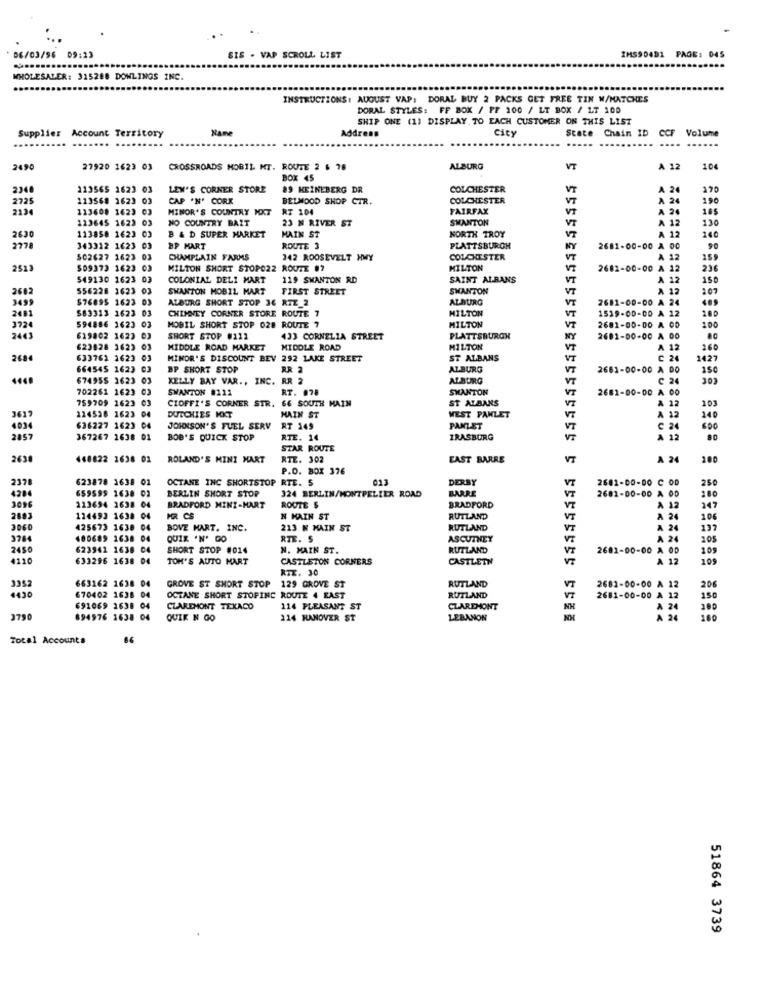
IMS9D4D1 PAGE: 045
06/03/96 09:23
SIS . VAP SCROLL LIST
WHOLESALER: 315288 DOWLINGS INC.
INSTRUCTIONS: AUGUST VAP: DORAL BUY 2 PACKS GET FREE TIN W/MATCHES
DORAL STYLES: FF BOX / PF 100 / LT BOX / LT 100
SHIP ONE (1) DISPLAY. TO EACH CUSTOMER ON THIS LIST
Supplier Account Territory
Name
Address
city
State Chain ID CCF
Volume
2490
27920 1623 03
CROSSROADS MOBIL MT. ROUTE 2 6 78
ALBURG
VT
A 12
104
BOX 45
2248
113565 1623 03
LEN'S CORNER STORE
89 KEINEBERG DR
COLCHESTER
VT
A 2
170
2725
123568 1623 03
CAP 'N' CORK
BELMOOD SHOP CTR.
COLCHESTER
VT
A 24
190
2134
123608 1623 03
MINOR'S COUNTRY MKT
RT 104
FAIRFAX
A 24
123645 1623 03
NO COUNTRY BAIT
23 N RIVER ST
SWANTON
VT
A 12
130
113858 1623 03
MAIN ST
VT
140
2630
B & D SUPER MARKET
KORTH TROY
A 12
2778
343312 1623
BP MART
ROUTE 3
PLATTSBURGH
NY
2681-00-00 & 00
502627 1623 03
CHAMPLAIN FARMS
142 ROOSEVELT HWY
COLCHESTER
VT
A 12
159
2513
$09373 1623
03
MILTON SHORT STOPO22 ROUTE #7
MILTON
2682-00-00 A 12
236
549130 1623
COLONIAL DELI MART
119 SKANTON RD
SAINT ALBANS
VT
150
2682
556228 1623 03
SWANTON MOBIL MART
FIRST STREET
SWANTON
VT
A 12
207
3499
576895 1623 03
ALBORG SHORT STOP 36 RTZ_2
ALBURG
VT
2681-00-00 A 24
489
2481
$83313 1623 03
CHIMNEY CORNER STORE ROUTE 7
HILTON
VT
594886 1623
MILTON
1519-00-00 A 12
100
3724
MOBIL SHORT STOP 028 ROUTE 7
VT
2681-00-00 A OD
100
2443
629802 1623
SHORT STOP #212
433 CORNELIA STREET
PLATTSBURGH
NY
2681-00-00 A 00
IC
(23028 1623
MIDDLE ROAD MARKET
MIDDLE ROAD
MILTON
A 12
260
268
633762 2623 03
MINOR'S DISCOUNT BEV 292 LAKE STREET
ST ALBANS
VT
1427
664545 1623 03
BP SHORT STOP
ALBURG
VT
2681-00-00 A 00
150
4448
674955 1623 03
KELLY BAY VAR ., INC. AR 2
ALBURG
VT
702261 1623 03
SWANTON #111
RT. 078
SWANTON
VT
2681-00-00 A 00
759709 1623
CIOFFI'S CORNER STR. 66 SOUTH MAIN
ST ALBANS
A 12
114538 1623 04
VI
A 12
103
361
DUTCHIES MKT
MAIN ST
WEST PANLET
VE
240
4034
636227 1623 04
JOHNSON'S FUEL SERV
RT 149
PANLET
VT
C 24
857
367267 1638 01
BOB'S QUICK STOP
RTE. 14
IRASBURG
A 12
STAR ROUTE
2630
448822 1638 01
ROLAND'S MINI MART
RTE. 302
EAST BARRE
VT
A 24
200
P.O. BOX 376
237
623878 1638 01
OCTANE INC SHORTSTOP RTE. S
01
DERBY
2681-00-00 C 00
250
4206
659595 1638 02
BERLIN SHORT STOP
324 BERLIN/MONTPELIER ROAD
BARRE
VT
2682-00-00 A 00
3096
113694 2638 04
ROUTE $
VT
180
BRADFORD MINI-HART
BRADFORD
VT
A 12
147
2883
114493 1638 04
N MAIN ST
RUTLAND
VT
A 24
106
3060
425673 1638 04
BOVE MART. INC.
213 H MAIN ST
RUTLAND
VT
A 24
137
3784
400689 1638 04
QUIK 'N' GO
RTE. S
ASCUTNEY
A 24
105
2450
623942 1638 0
SHORT STOP #014
N. MAIN ST.
RUTLAND
2681-00-00 A 00
109
4110
633296 1638 04
TOM'S AUTO MART
CASTLETON CORNERS
CASTLETN
A 12
109
RIZ. 30
663162 1638 04
3352
GROVE ST SHORT STOP 129 GROVE ST
RUTLAND
VT
2681-00-00 A 12
206
4430
670402 1638 04
OCTANE SHORT STOPING ROUTE 4 EAST
RUTLAND
2681-00-00 A 12
150
691069 1638 04
CLAREMONT TEXACO
114 PLEASANT ST
CLAREMONT
NH
A 24
100
3790
894976 1638 04
QUIK N GO
214 HANOVER ST
LEBANON
A 24
160
Total Accounts
51864 3739